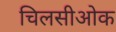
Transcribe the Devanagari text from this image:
चिलसीओक